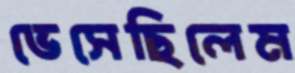
ভেসেছিলেম